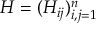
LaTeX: H = ( H _ { i j } ) _ { i , j = 1 } ^ { n }